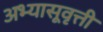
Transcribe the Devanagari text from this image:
अभ्यासूवृत्ती